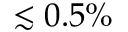
\lesssim 0 . 5 \%